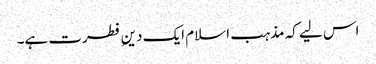
اس لیے کہ مذہب اسلام ایک دینِ فطرت ہے۔